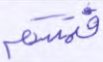
فتمسكم